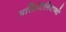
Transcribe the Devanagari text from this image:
मसिमिलियानो